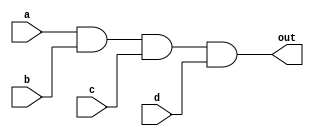
module four_input_and_gate(
    input wire a,
    input wire b,
    input wire c,
    input wire d,
    output wire out
);

assign out = a & b & c & d;

endmodule